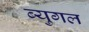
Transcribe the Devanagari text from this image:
ब्युगल